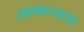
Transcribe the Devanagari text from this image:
सामान्यतह